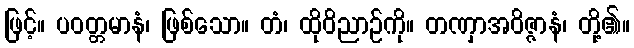
ဖြင့်။ ပဝတ္တမာနံ၊ ဖြစ်သော။ တံ၊ ထိုဝိညာဉ်ကို။ တဏှာအဝိဇ္ဇာနံ၊ တို့၏။